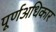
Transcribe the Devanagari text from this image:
पूर्णअधिकार